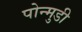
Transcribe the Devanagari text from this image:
पोन्मुडी